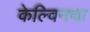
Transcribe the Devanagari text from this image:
केल्विनचा